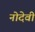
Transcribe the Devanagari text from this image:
नोदेवी